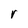
Character: r